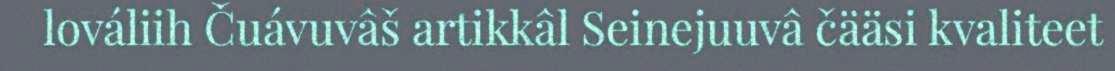
lováliih Čuávuvâš artikkâl Seinejuuvâ čääsi kvaliteet